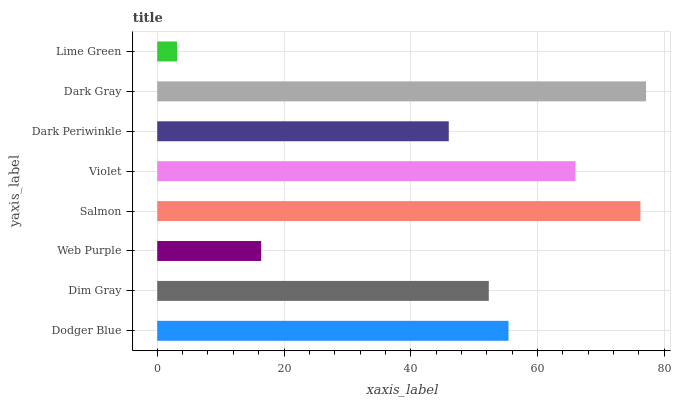
| yaxis_label | bars |
 | --- | --- |
 | Dodger Blue | 55.4 |
 | Dim Gray | 52.3 |
 | Web Purple | 16.4 |
 | Salmon | 76.2 |
 | Violet | 66 |
 | Dark Periwinkle | 46 |
 | Dark Gray | 77.1 |
 | Lime Green | 3.12 |